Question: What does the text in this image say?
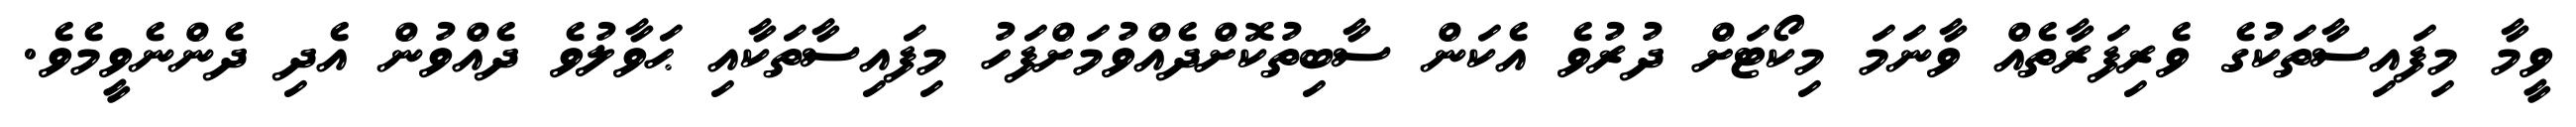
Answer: ވީމާ މިފައިސާތަކުގެ ވެރިފަރާތެއް ވާނަމަ މިކޯޓަށް ދުރުވެ އެކަން ސާބިތުކޮށްދެއްވުމަށްފަހު މިފައިސާތަކާއި ޙަވާލުވެ ދެއްވުން އެދި ދެންނެވީމެވެ.